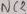
Text: NC2